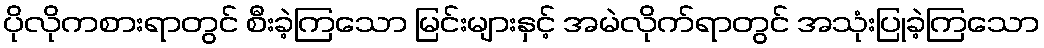
ပိုလိုကစားရာတွင် စီးခဲ့ကြသော မြင်းများနှင့် အမဲလိုက်ရာတွင် အသုံးပြုခဲ့ကြသော